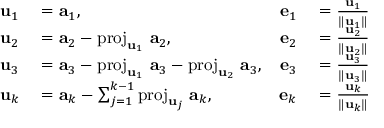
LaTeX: \begin{array} { r l r l } { \mathbf { u } _ { 1 } } & { { } = \mathbf { a } _ { 1 } , } & { \mathbf { e } _ { 1 } } & { { } = { \frac { \mathbf { u } _ { 1 } } { \| \mathbf { u } _ { 1 } \| } } } \\ { \mathbf { u } _ { 2 } } & { { } = \mathbf { a } _ { 2 } - \operatorname { p r o j } _ { \mathbf { u } _ { 1 } } \, \mathbf { a } _ { 2 } , } & { \mathbf { e } _ { 2 } } & { { } = { \frac { \mathbf { u } _ { 2 } } { \| \mathbf { u } _ { 2 } \| } } } \\ { \mathbf { u } _ { 3 } } & { { } = \mathbf { a } _ { 3 } - \operatorname { p r o j } _ { \mathbf { u } _ { 1 } } \, \mathbf { a } _ { 3 } - \operatorname { p r o j } _ { \mathbf { u } _ { 2 } } \, \mathbf { a } _ { 3 } , } & { \mathbf { e } _ { 3 } } & { { } = { \frac { \mathbf { u } _ { 3 } } { \| \mathbf { u } _ { 3 } \| } } } \\ { \mathbf { u } _ { k } } & { { } = \mathbf { a } _ { k } - \sum _ { j = 1 } ^ { k - 1 } \operatorname { p r o j } _ { \mathbf { u } _ { j } } \, \mathbf { a } _ { k } , } & { \mathbf { e } _ { k } } & { { } = { \frac { \mathbf { u } _ { k } } { \| \mathbf { u } _ { k } \| } } } \end{array}